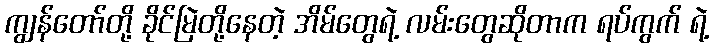
ကျွန်တော်တို့ ခိုင်မြဲတို့နေတဲ့ အိမ်တွေရဲ့ လမ်းတွေဆိုတာက ရပ်ကွက် ရဲ့